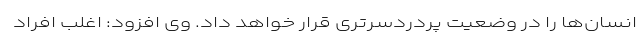
انسان‌ها را در وضعیت پردردسرتری قرار خواهد داد. وی افزود: اغلب افراد